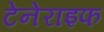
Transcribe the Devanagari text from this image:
टेनेराइफ